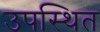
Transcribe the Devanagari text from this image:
उपस्थित